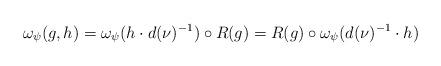
LaTeX: \begin{align*} \omega_\psi(g,h) = \omega_\psi(h \cdot d(\nu)^{-1}) \circ R(g) = R(g) \circ \omega_\psi(d(\nu)^{-1} \cdot h)\end{align*}